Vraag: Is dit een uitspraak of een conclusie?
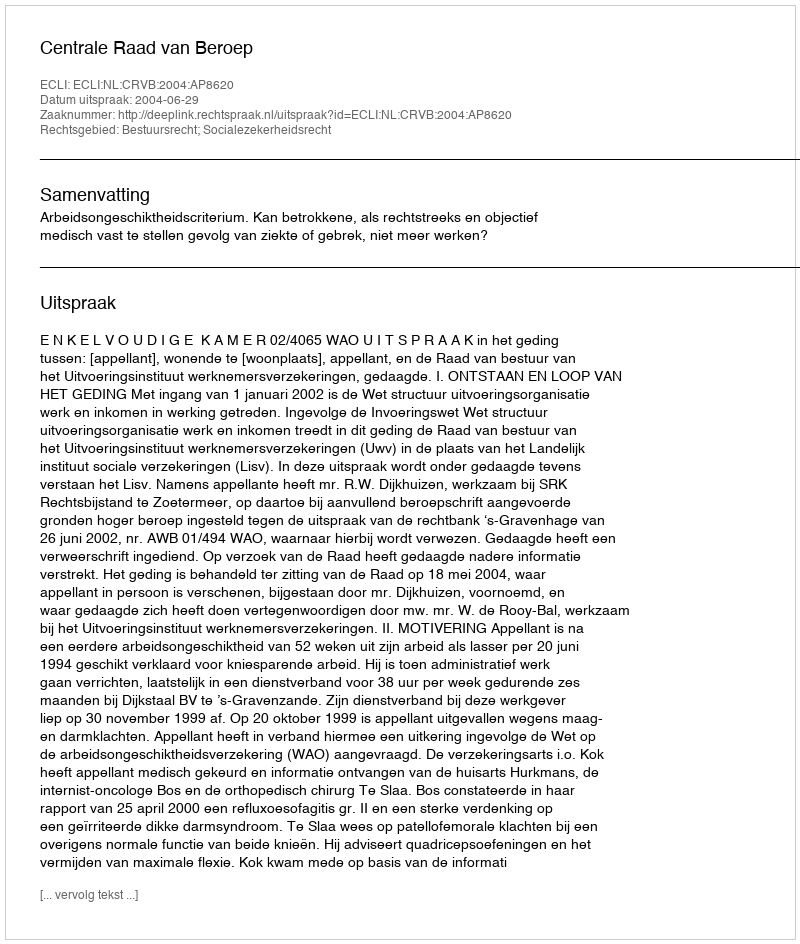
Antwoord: Uitspraak